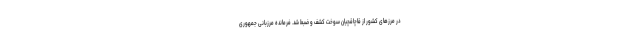
در مرزهای کشور از قاچاقچیان سوخت کشف و ضبط شد. فرمانده مرزبانی جمهوری